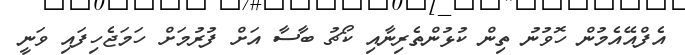
އެފްއޭއެމުން ހޮވުނު ތިން ކުޅުންތެރިނާއި ކޯޗު ބާސާ އަށް ފުރުމަށް ހަމަޖެހިފައި ވަނީ